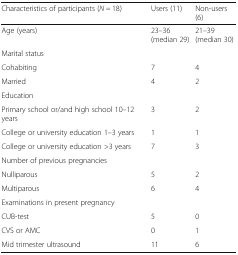
| Characteristics of participants (N = 18) | Users (11) | Non-users (6) |
 | --- | --- | --- |
 | Age (years) | 23–36 (median 29) | 21–39 (median 30) |
 | Marital status |  |  |
 | Cohabiting | 7 | 4 |
 | Married | 4 | 2 |
 | Education |  |  |
 | Primary school or/and high school 10–12 years | 3 | 2 |
 | College or university education 1–3 years | 1 | 1 |
 | College or university education >3 years | 7 | 3 |
 | Number of previous pregnancies |  |  |
 | Nulliparous | 5 | 2 |
 | Multiparous | 6 | 4 |
 | Examinations in present pregnancy |  |  |
 | CUB-test | 5 | 0 |
 | CVS or AMC | 0 | 1 |
 | Mid trimester ultrasound | 11 | 6 |